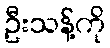
ဦးသန့်ကို